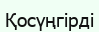
Қосүңгірді